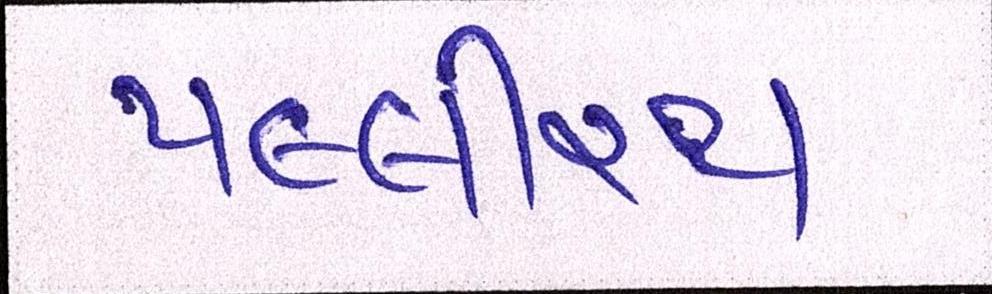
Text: પલ્લીરથ